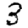
Digit: 3